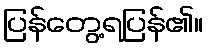
ပြန်တွေ့ရပြန်၏။